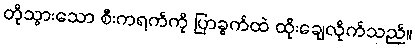
တိုသွားသော စီးကရက်ကို ပြာခွက်ထဲ ထိုးချေလိုက်သည်။